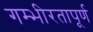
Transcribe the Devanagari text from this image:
गम्भीरतापूर्ण